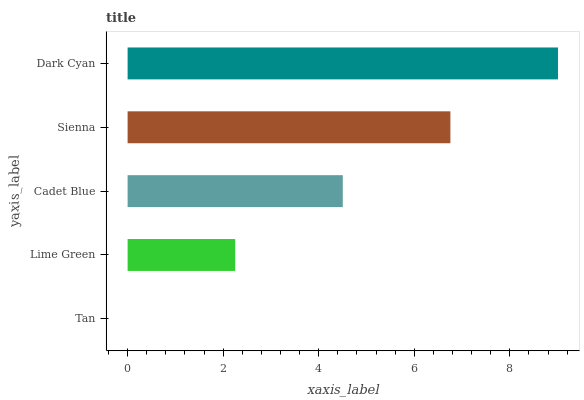
| yaxis_label | bars |
 | --- | --- |
 | Tan | 0 |
 | Lime Green | 2.25 |
 | Cadet Blue | 4.5 |
 | Sienna | 6.76 |
 | Dark Cyan | 9.01 |